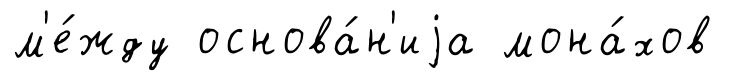
м'е́жду основа́н'иjа мона́хов